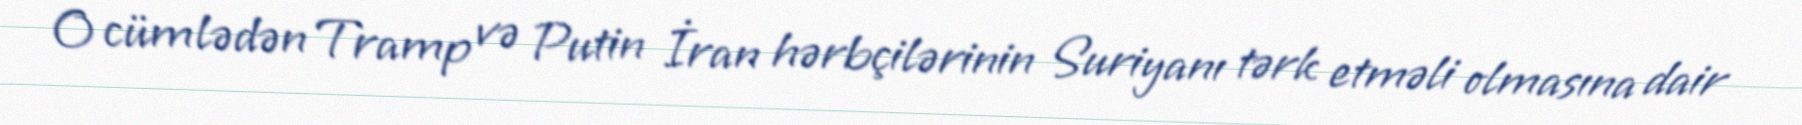
O cümlədən Tramp və Putin İran hərbçilərinin Suriyanı tərk etməli olmasına dair